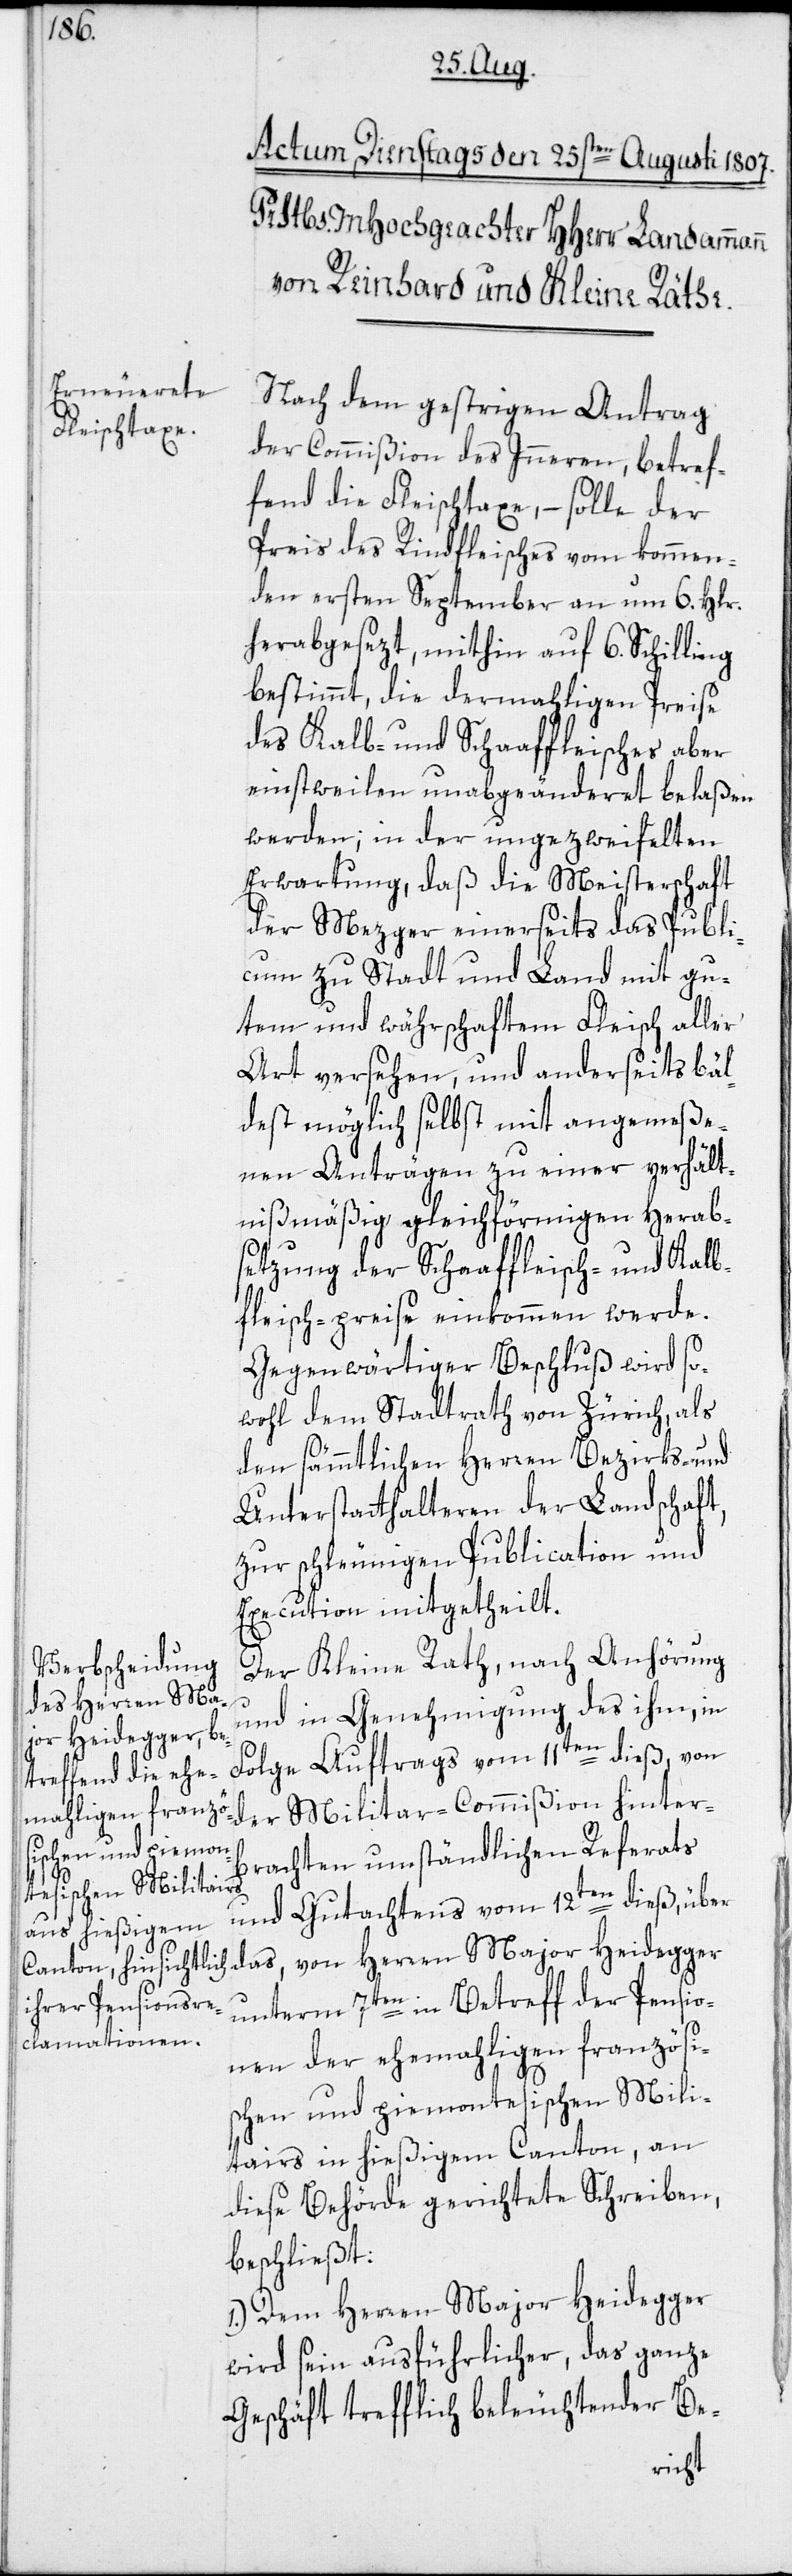
Nach dem gestrigen Antrag
der Commißion des Inneren, betref¬
fend die Fleischtaxe, – solle der
Preis des Rindfleisches vom kommen¬
den ersten September an um 6. Hlr.
herabgesezt, mithin auf 6. Schilling
bestimmt, die dermahligen Preise
des Kalb- und Schaaffleisches aber
einstweilen unabgeänderet belaßen
werden; in der ungezweifelten
Erwartung, daß die Meisterschaft
der Mezger einerseits das Publi¬
cum zu Stadt und Land mit gu¬
tem und währschaftem Fleisch aller
Art versehen, und anderseits bäl¬
dest möglich selbst mit angemeße¬
nen Anträgen zu einer verhält¬
nißmäßig gleichförmigen Herab¬
setzung der Schaaffleisch- und Kalb¬
fleisch-preise einkommen werde.
Gegenwärtiger Beschluß wird so¬
wohl dem Stadtrath von Zürich, als
den sämmtlichen Herren Bezirks- und
Unterstatthalteren der Landschaft,
zur schleunigen Publication und
Execution mitgetheilt.
Der Kleine Rath, nach Anhörung
und in Genehmigung des ihm, in
Folge Auftrags vom 11ten dieß, von
der Militar-Commißion hinter¬
brachten umständlichen Referats
und Gutachtens vom 12ten dieß, über
unterm 7ten in Betreff der Pensio¬
nen der ehemahligen französi¬
schen und piemontesischen Mili¬
tairs in hießigem Canton, an
diese Behörde gerichtete Schreiben,
beschließt:
1.) Dem Herren Major Heidegger
wird sein ausführlicher, das ganze
Geschäft trefflich beleuchtender Be-